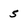
Character: 5